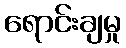
ရောင်းချမှု